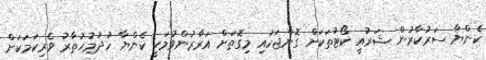
ކެންޔާ ސަރުކާރުން ޝަރުއީ ކޯޓުތަކަށް ގޮންޖަހައި މިގޮތަށް އަރާރުންވުމަކީ ކެންޔާ ހުދުމުޚުތާރު ވެރިކަމަކަށް